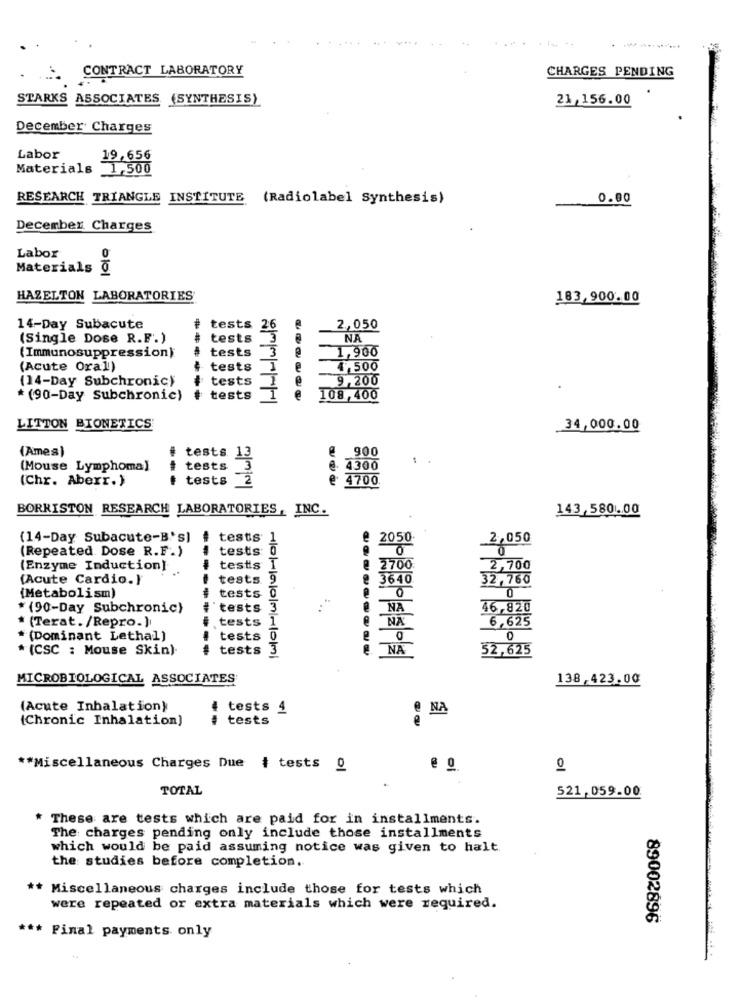
CONTRACT LABORATORY
CHARGES PENDING
STARKS ASSOCIATES
(SYNTHESIS)
21,156.00
December Charges
Labor
19,656
Materials 1,500
RESEARCH TRIANGLE INSTITUTE (Radiolabel Synthesis)
0.00
December Charges
Labor
Materials @
HAZELTON LABORATORIES
183,900.00
14-Day Subacute
tests 26
2,050
(Single Dose R.F.)
#
tests
3
NA
tests
3
(Immunosuppression)
1,900
(Acute Oral)
tests
4,500
(14-Day Subchronic)
tests
9,200
* (90-Day Subchronic)
tests
I
e
108,400
LITTON BIONETICS
34,000.00
Instrutor
(Ames)
@ 900
tests 13
(Mouse Lymphoma)
tests
@. 4300
(Chr. Aberr.)
tests
4700
BORRISTON RESEARCH LABORATORIES, INC.
143,580 ... 00
(14-Day Subacute-B's)
tests
@ 2050-
2,050
(Repeated Dose R.F.)
tests
(Enzyme Induction]
tests
2700
2,700
(Acute Cardio.)
tests.
3640
32,760
(Metabolism)
0
tests
0
* (90-Day Subchronic)
tests
NA
46,820
(Terat. /Repro.]
tests
NA
6,625
(Dominant Lethal)
tests
0
0
* (CSC : Mouse Skin)
------
tests
3
NA
52,625
MICROBIOLOGICAL ASSOCIATES
138,423.00
(Acute Inhalation)
tests 4
(Chronic Inhalation)
--
tests
e NA
** Miscellaneous Charges Due # tests 0
01
TOTAL
521,059.00
* These are tests which are paid for in installments.
The charges pending only include those installments
which would be paid assuming notice was given to halt.
the studies before completion.
** Miscellaneous charges include those for tests which
were repeated or extra materials which were required.
89002896
*** Pinal payments only
..